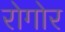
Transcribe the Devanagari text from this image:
रोगोर